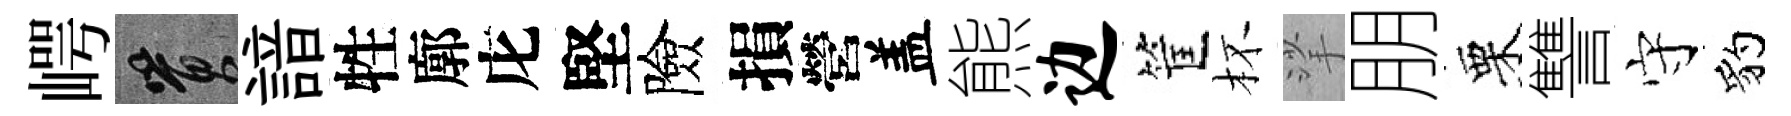
崿篔諳牲廓庀堅險損營盖熊边筐杯挲朋栗讐守豹